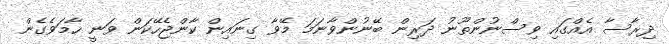
ދިރާސާ އެއްގައި ވިސްނުންތޫނު ދަރިން ބޭނުންވާނަމަ މޭވާ ގިނައިން ކާންޖެހޭކަން ވަނީ ހާމަވެގެން